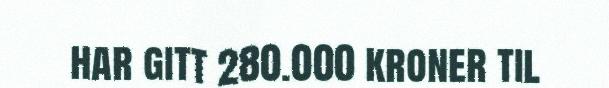
har gitt 280.000 kroner til